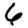
Digit: 6